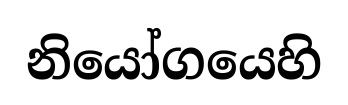
නියෝගයෙහි